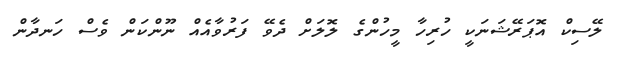
ލޭސިކް އޮޕަރޭޝަނަކީ ހުރިހާ މީހުންގެ ލޮލަށް ދެވޭ ފަރުވާއެއް ނޫންކަން ވެސް ހަނދާން